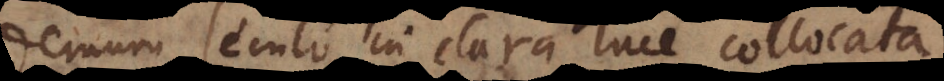
demum seculo in clara luce collocata